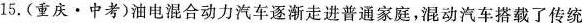
15.(重庆·中考)油电混合动力汽车逐渐走进普通家庭，混动汽车搭载了传统